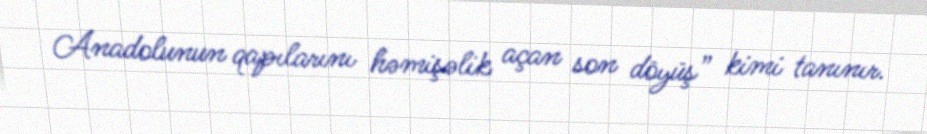
Anadolunun qapılarını həmişəlik açan son döyüş” kimi tanınır.